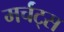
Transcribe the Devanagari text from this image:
मर्चंट्‌स